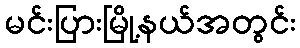
မင်းပြားမြို့နယ်အတွင်း